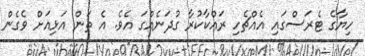
ހިޔާގެ ޓެރަސްގައި އެއްޗެހި ރައްކާކުރާ ގުދަނެއްގަ އެވެ. އެ ތަން އަޅިއަށް ވެގެން